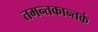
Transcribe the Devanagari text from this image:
तमन्तकान्तकं